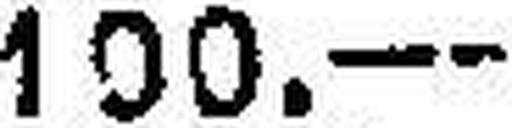
100.—